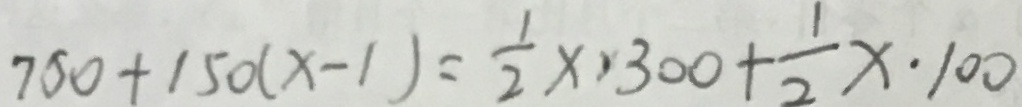
7 5 0 + 1 5 0 ( x - 1 ) = \frac { 1 } { 2 } \times 3 0 0 + \frac { 1 } { 2 } x \cdot 1 0 0